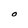
Character: O